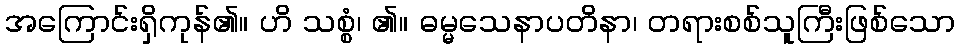
အကြောင်းရှိကုန်၏။ ဟိ သစ္စံ၊ ၏။ ဓမ္မသေနာပတိနာ၊ တရားစစ်သူကြီးဖြစ်သော